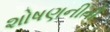
શોષણનીતી